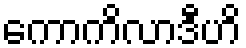
ကောကိလာဒီဟိ